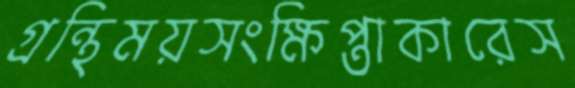
গ্রন্থিময়সংক্ষিপ্তাকারেস